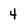
Character: 4